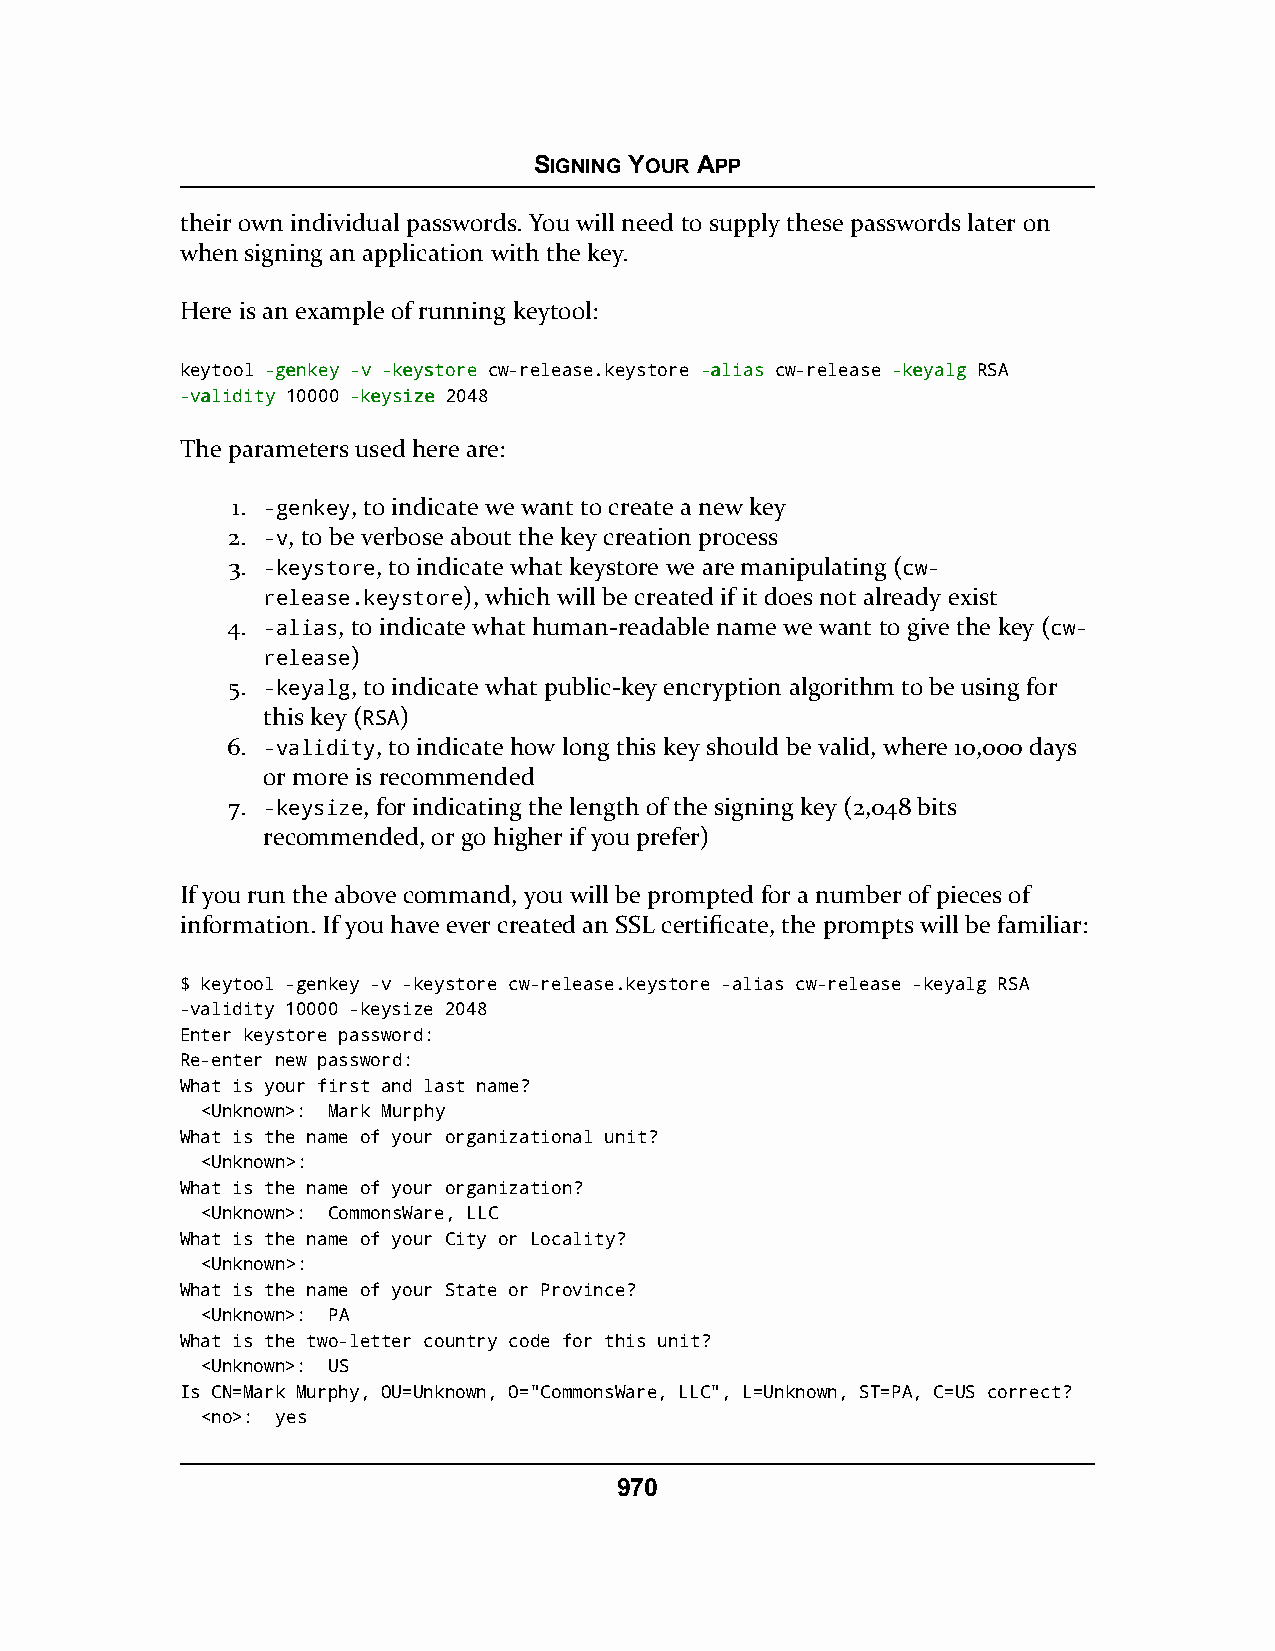
SIGNING YOUR APP
 their own individual passwords. You will need to supply these passwords later on
 when signing an application with the key.
 Here is an example of running keytool:
 keytool --ggeennkkeeyy --vv --kkeeyyssttoorree cw-release.keystore --aalliiaass cw-release --kkeeyyaallgg RSA
 --vvaalliiddiittyy 10000 --kkeeyyssiizzee 2048
 The parameters used here are:
 1. -genkey, to indicate we want to create a new key
 2. -v, to be verbose about the key creation process
 3. -keystore, to indicate what keystore we are manipulating (cw-
 release.keystore), which will be created if it does not already exist
 4. -alias, to indicate what human-readable name we want to give the key (cw-
 release)
 5. -keyalg, to indicate what public-key encryption algorithm to be using for
 this key (RSA)
 6. -validity, to indicate how long this key should be valid, where 10,000 days
 or more is recommended
 7. -keysize, for indicating the length of the signing key (2,048 bits
 recommended, or go higher if you prefer)
 If you run the above command, you will be prompted for a number of pieces of
 information. If you have ever created an SSL certificate, the prompts will be familiar:
 $ keytool -genkey -v -keystore cw-release.keystore -alias cw-release -keyalg RSA
 -validity 10000 -keysize 2048
 Enter keystore password:
 Re-enter new password:
 What is your first and last name?
 <Unknown>: Mark Murphy
 What is the name of your organizational unit?
 <Unknown>:
 What is the name of your organization?
 <Unknown>: CommonsWare, LLC
 What is the name of your City or Locality?
 <Unknown>:
 What is the name of your State or Province?
 <Unknown>: PA
 What is the two-letter country code for this unit?
 <Unknown>: US
 Is CN=Mark Murphy, OU=Unknown, O="CommonsWare, LLC", L=Unknown, ST=PA, C=US correct?
 <no>: yes
 970